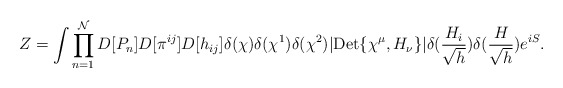
\begin{align*}Z= \int \prod_{n=1}^{\mathcal{N}}D[P_n]D[\pi^{ij}] D[h_{ij}] \delta(\chi)\delta(\chi^1)\delta(\chi^2)|{\rm Det}\{\chi^\mu, H_\nu\}|\delta(\frac{H_i}{\sqrt{h}})\delta(\frac{H}{\sqrt{h}}) e^{i S}.\end{align*}